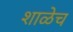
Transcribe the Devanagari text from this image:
शाळेच